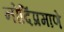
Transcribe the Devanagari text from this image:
नोदिंप्रमाणे